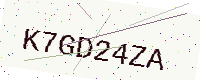
Text: K7GD24ZA